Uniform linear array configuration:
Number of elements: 24
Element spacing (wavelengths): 0.75
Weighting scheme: binomial
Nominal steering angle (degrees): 60
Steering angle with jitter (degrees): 61.146
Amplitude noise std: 0.05
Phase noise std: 0.05

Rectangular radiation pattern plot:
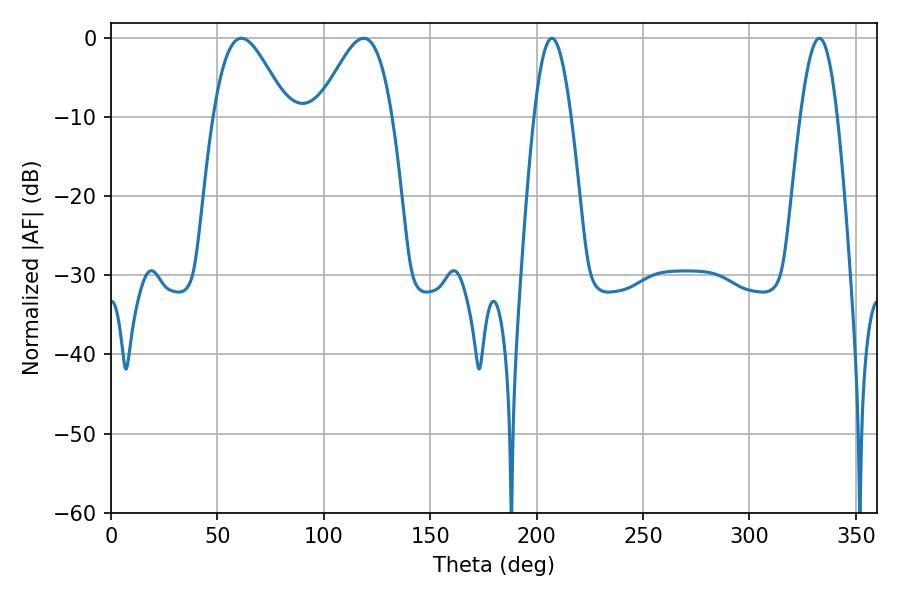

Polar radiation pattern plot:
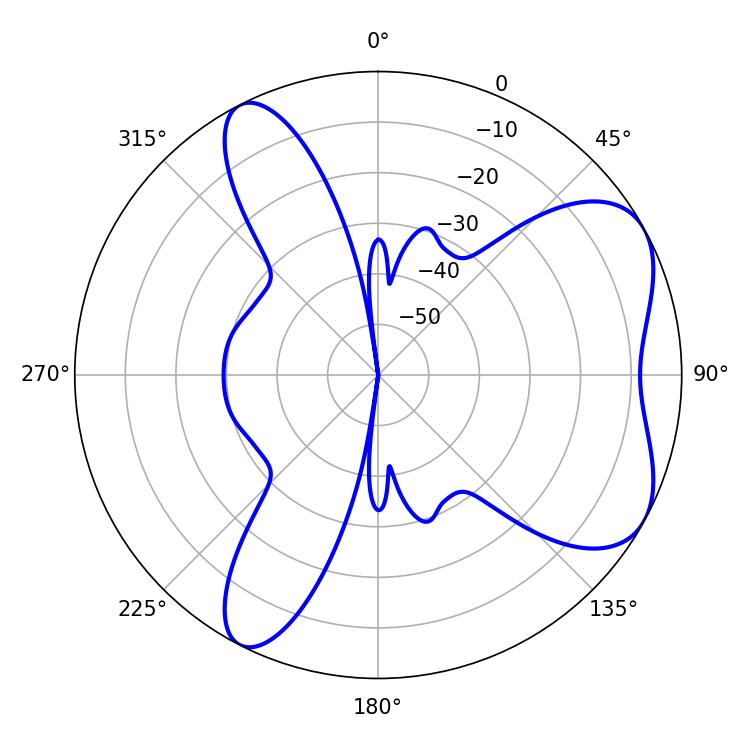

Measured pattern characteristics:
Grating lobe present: TRUE
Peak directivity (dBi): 6.048
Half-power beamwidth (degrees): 9.36
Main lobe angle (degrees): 207.18